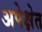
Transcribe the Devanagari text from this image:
अपेक्षेत